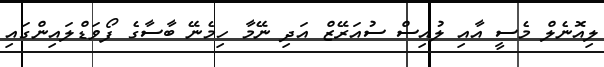
ލިއޮނެލް މެސީ އާއި ލުއިސް ސުއަރޭޒް އަދި ނޭމާ ހިމެނޭ ބާސާގެ ފޯވަޑްލައިންގައި